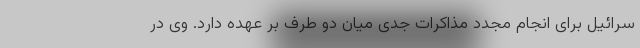
سرائيل برای انجام مجدد مذاکرات جدی میان دو طرف بر عهده دارد. وی در